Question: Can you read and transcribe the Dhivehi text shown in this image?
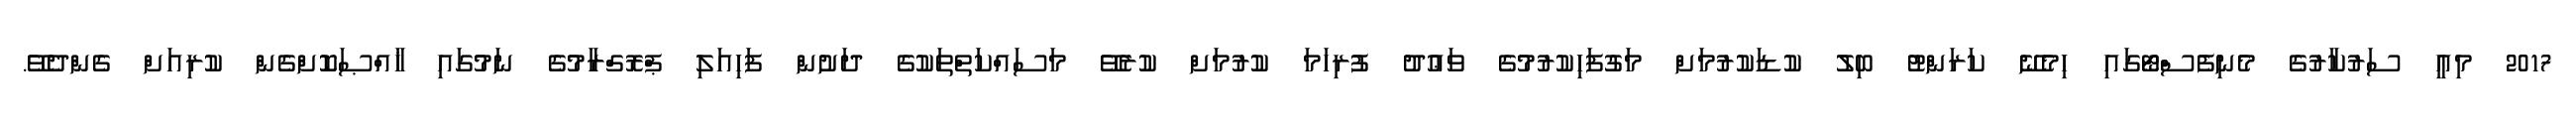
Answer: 2017 މިއީ ސަރުކާރުގެ މެނިފެސްޓޯގައި ހިމެނޭ ކަރަންޓު ބިލު ކުޑަކުރުމަށް މަގުފަހިކުރުމުގެ ވަޢުދު ފުރިހަމަ ކުރުމަށް ކުރެވޭ މަސައްކަތްތަކުގެ ދަށުން ފަހިއަލި ޕްރޮގްރާމުގެ ނަމުގައި ޚާއްޞަކޮށްގެން ކުރިއަށް ގެންދެވޭ.